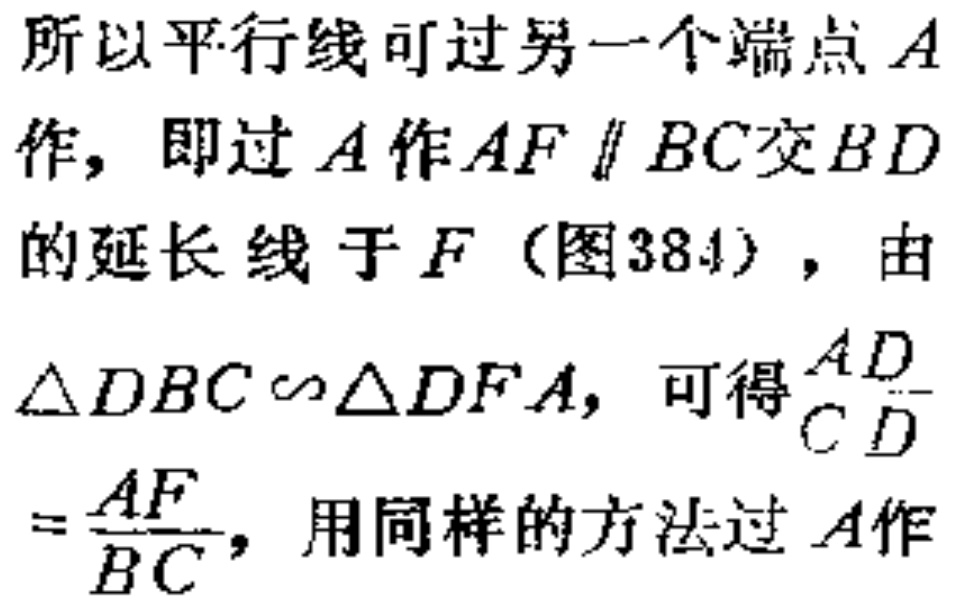
所以平行线可过另一个端点 \(A\)
作，即过 \(A\) 作 \(AF\parallel BC\) 交 \(BD\)
的延长线于 \(F\)（图384），由
\(\triangle DBC\sim\triangle DFA\)，可得\(\frac{AD}{CD}\)
\(=\frac{AF}{BC}\)，用同样的方法过 \(A\) 作